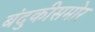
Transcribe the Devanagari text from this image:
बंदुकीसमोर